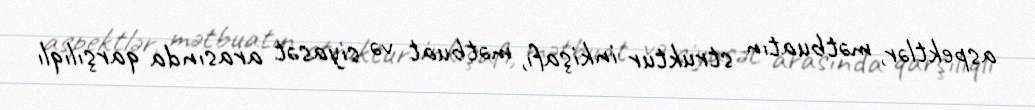
aspektlər, mətbuatın struktur inkişafı, mətbuat və siyasət arasında qarşılıqlı